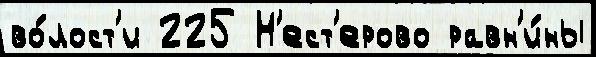
во́лост'и 225 Н'ест'ерово равн'и́ны